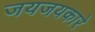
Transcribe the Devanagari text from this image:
जयजयकारे